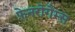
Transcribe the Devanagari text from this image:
फ़ेनरोगैम्स